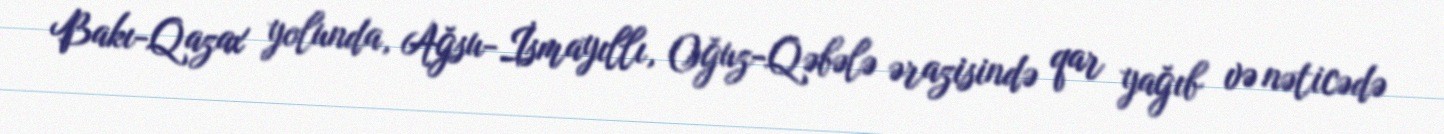
Bakı-Qazax yolunda, Ağsu-İsmayıllı, Oğuz-Qəbələ ərazisində qar yağıb və nəticədə